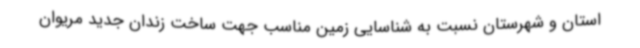
استان و شهرستان نسبت به شناسایی زمین مناسب جهت ساخت زندان جدید مریوان